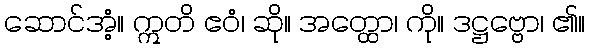
ဆောင်အံ့။ ဣတိ ဧဝံ၊ ဆို။ အတ္ထော၊ ကို။ ဒဋ္ဌဗ္ဗော၊ ၏။